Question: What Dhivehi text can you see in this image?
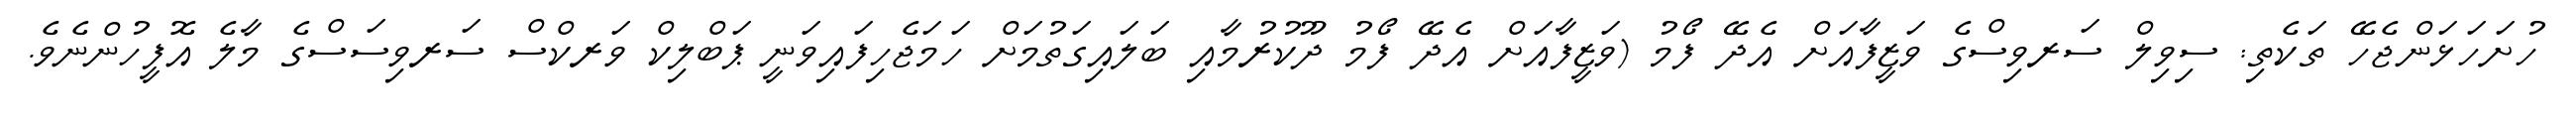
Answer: ހުށަހަޅަންޖެހޭ ތަކެތި: ސިވިލް ސަރވިސްގެ ވަޒީފާއަށް އެދޭ ފޯމު (ވަޒީފާއަށް އެދޭ ފޯމު ދޫކުރުމާއި ބަލައިގަތުމަށް ހަމަޖެހިފައިވަނީ ޕަބްލިކް ވަރކްސް ސަރވިސަސްގެ މާލެ އޮފީހުންނެވެ.